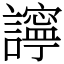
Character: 𧭈